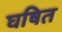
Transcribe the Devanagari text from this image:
घषित